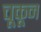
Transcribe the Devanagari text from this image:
चूकून